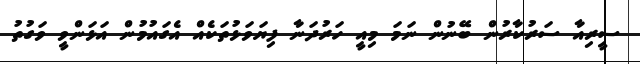
ސީރިއާ ސަރުކާރުން ބޭނުން ނަމަ މިއީ ހަރުދަނާ ފިޔަވަޅުތަކެއް އެގައުމުން އަޅަންވީ ވަގުތު